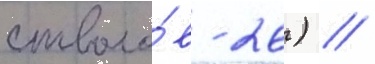
стволо́в - 26) //